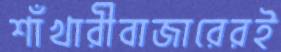
শাঁখারীবাজারেরই